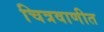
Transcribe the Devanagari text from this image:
चित्रवाणीत